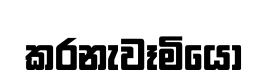
කරනැවෑමියෝ